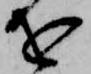
を